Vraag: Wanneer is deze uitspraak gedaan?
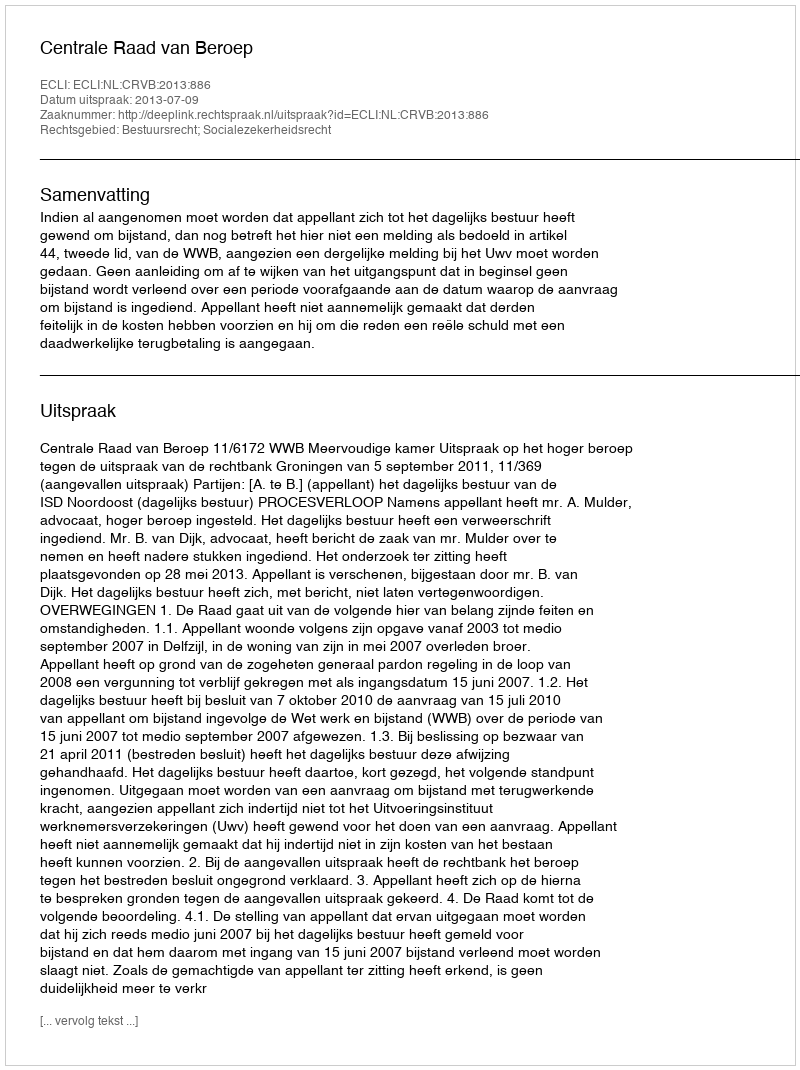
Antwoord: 2013-07-09